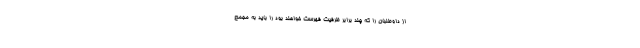
از داوطلبان را که چند برابر ظرفیت فهرست خواهند بود را باید به مجمع